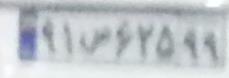
۹۱س۶۲۵۹۹